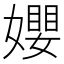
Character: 𡢞